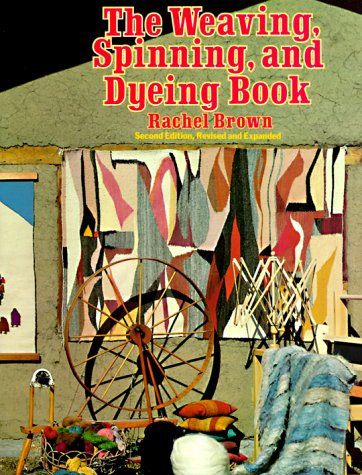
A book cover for The Weaving, Spinning, and Dyeing Book; Rachel Brown; Crafts, Hobbies & Home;